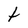
Character: t